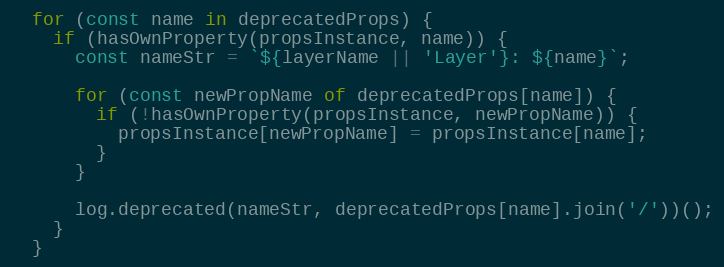
Language: JavaScript
  for (const name in deprecatedProps) {
    if (hasOwnProperty(propsInstance, name)) {
      const nameStr = `${layerName || 'Layer'}: ${name}`;

      for (const newPropName of deprecatedProps[name]) {
        if (!hasOwnProperty(propsInstance, newPropName)) {
          propsInstance[newPropName] = propsInstance[name];
        }
      }

      log.deprecated(nameStr, deprecatedProps[name].join('/'))();
    }
  }